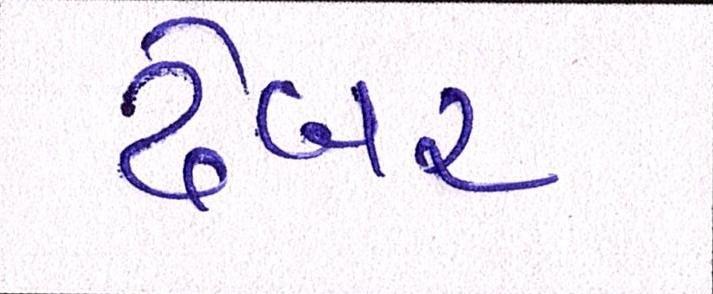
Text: ઢેબર